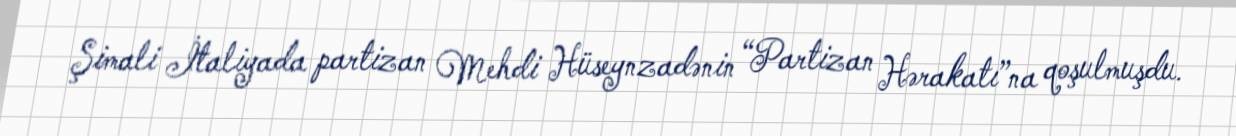
Şimali İtaliyada partizan Mehdi Hüseynzadənin “Partizan Hərakatı”na qoşulmuşdu.